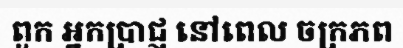
ពួក អ្នកប្រាជ្ញ នៅពេល ចក្រភព